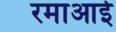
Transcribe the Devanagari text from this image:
रमाआई